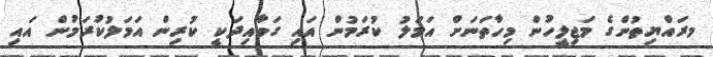
މރައްޔިތުންގެ މަޖިލީހުން މިހާތަނަށް އަމަލު ކުރަމުން އައި ގަވާއިދަކީ ކުރިން އަމަލުކުރަމުން އައި